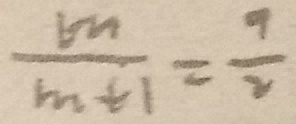
\frac { m } { m + 1 } = \frac { 9 } { 2 }